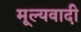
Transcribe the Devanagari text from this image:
मूल्यवादी